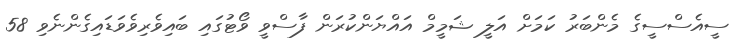
ސީއެސްސީގެ މެންބަރު ކަމަށް އަލީ ޝަމީމް އައްޔަންކުރަން ފާސްވީ ވޯޓުގައި ބައިވެރިވެވަޑައިގެންނެވި 58